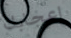
إعجابك